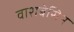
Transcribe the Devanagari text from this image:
वाशबेसिन